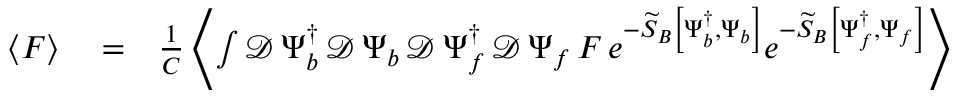
\begin{array} { r l r } { \left\langle F \right\rangle } & { { } = } & { \frac { 1 } { C } \left\langle \int \mathcal { D } \, \Psi _ { b } ^ { \dagger } \, \mathcal { D } \, \Psi _ { b } \, \mathcal { D } \, \Psi _ { f } ^ { \dagger } \, \mathcal { D } \, \Psi _ { f } \, F \, e ^ { - \widetilde { S } _ { B } \left[ \Psi _ { b } ^ { \dagger } , \Psi _ { b } \right] } e ^ { - \widetilde { S } _ { B } \left[ \Psi _ { f } ^ { \dagger } , \Psi _ { f } \right] } \right\rangle } \end{array}